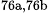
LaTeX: ^\textrm{\scriptsize 76a,76b}